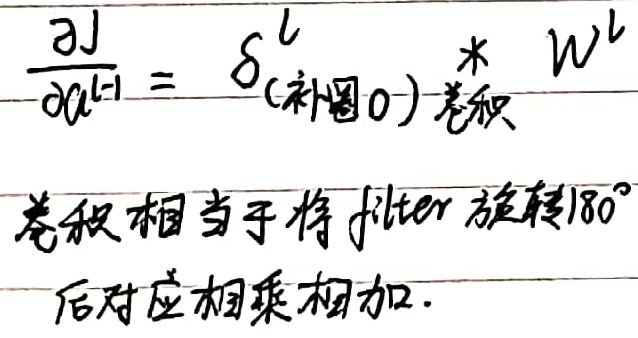
$\frac{\partial J}{\partial a^{l - 1}} = \delta_{(\text{补圈}0) \text{卷积}}^{l}*W^{l}$，卷积相当于将filter旋转$180^{\circ}$后对应相乘相加。